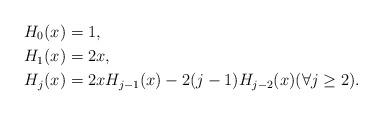
LaTeX: \begin{align*} H_0(x) &= 1 ,\\ H_1(x) &= 2x ,\\ H_j(x) &= 2x H_{j-1}(x) - 2(j-1) H_{j-2}(x) (\forall j \ge 2) .\end{align*}